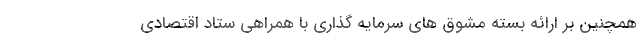
همچنین بر ارائه بسته مشوق های سرمایه گذاری با همراهی ستاد اقتصادی